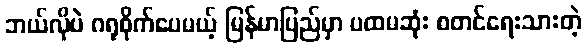
ဘယ်လိုပဲ ဂရုစိုက်ပေမယ့် မြန်မာပြည်မှာ ပထမဆုံး စတင်ရေးသားတဲ့